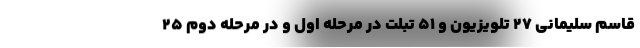
قاسم سلیمانی ۲۷ تلویزیون و ۵۱ تبلت در مرحله اول و در مرحله دوم ۲۵